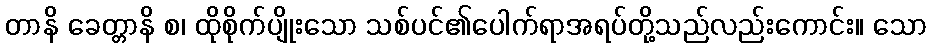
တာနိ ခေတ္တာနိ စ၊ ထိုစိုက်ပျိုးသော သစ်ပင်၏ပေါက်ရာအရပ်တို့သည်လည်းကောင်း။ သော